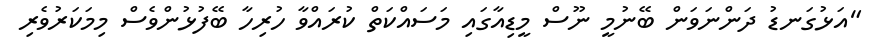
"އަޅުގަނޑު ދަންނަވަން ބޭނުމީ ނޫސް މީޑިއާގައި މަސައްކަތް ކުރައްވާ ހުރިހާ ބޭފުޅުންވެސް މިމަކަރުވެރި